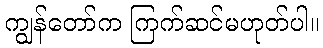
ကျွန်တော်က ကြက်ဆင်မဟုတ်ပါ။